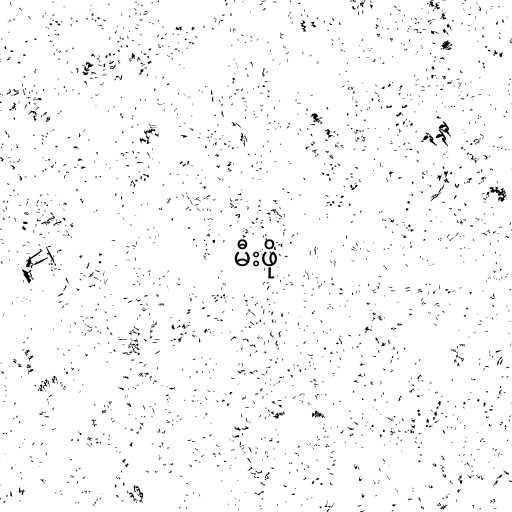
မီးဖို